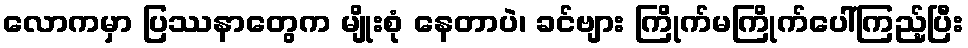
လောကမှာ ပြဿနာတွေက မျိုးစုံ နေတာပဲ၊ ခင်ဗျား ကြိုက်မကြိုက်ပေါ်ကြည့်ပြီး